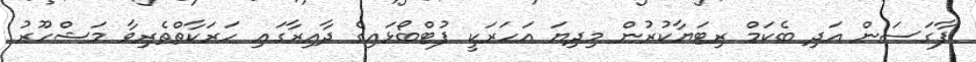
ފާގަސަން އަދި ބެކަމް ރިޓަޔާކުރުން މިދިޔަ އަހަރަކީ ފުޓްބޯޅައިގެ ދާއިރާގައި ހަރަކާތްތެރިވާ މަޝްހޫރު